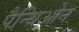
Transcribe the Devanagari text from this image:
पैन्थिओन